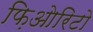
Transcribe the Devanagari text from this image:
फ़िओरिटो